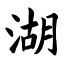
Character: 湖